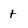
Character: t